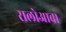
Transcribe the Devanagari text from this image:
रालोआचा